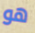
هو